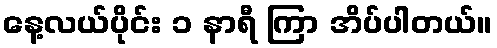
နေ့လယ်ပိုင်း ၁ နာရီ ကြာ အိပ်ပါတယ်။